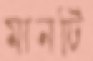
মানটি